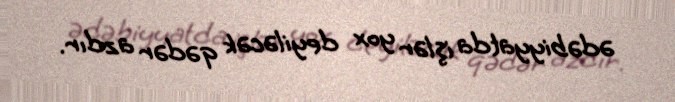
ədəbiyyatda işlər yox deyiləcək qədər azdır.